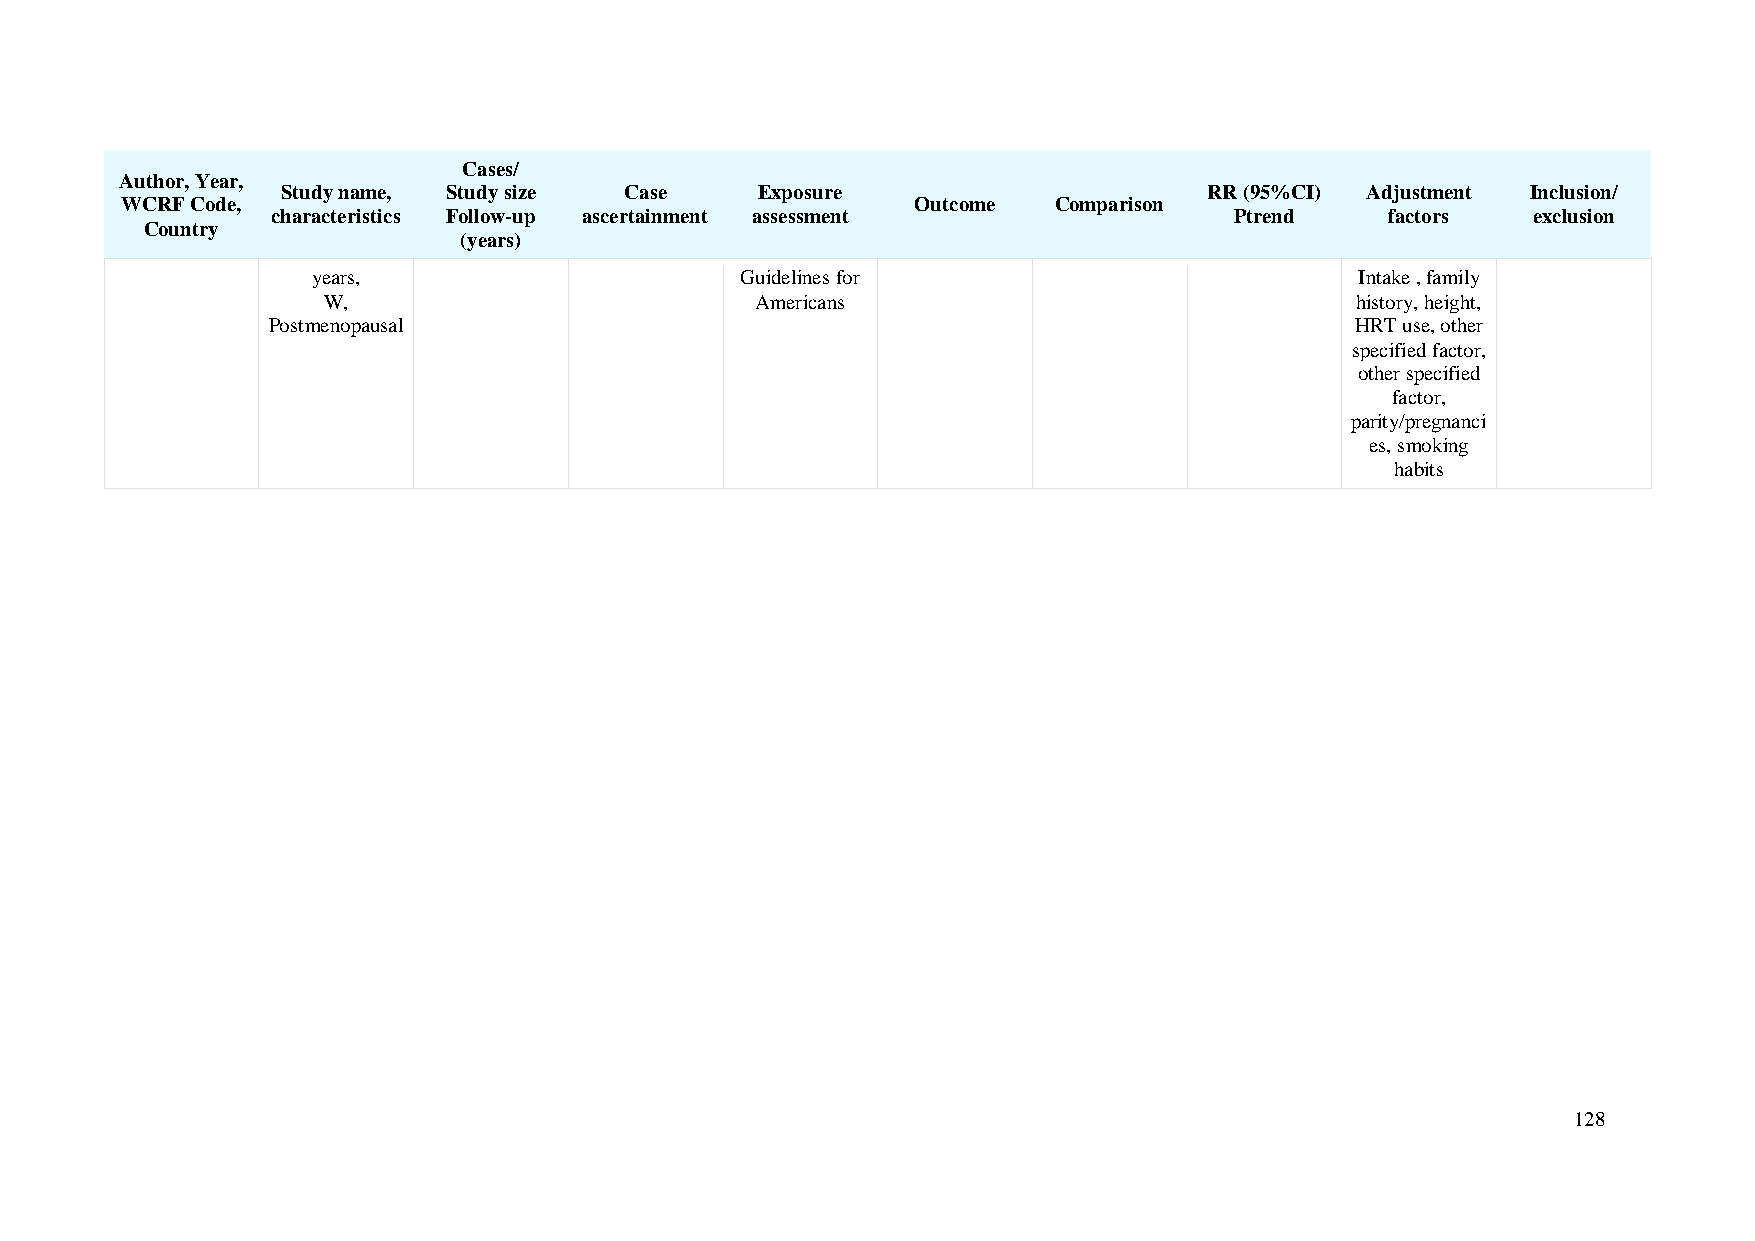
Cases/
 Author, Year,
 Study name, Study size Case    Exposure                      RR (95%CI) Adjustment Inclusion/
 WCRF Code,                                           Outcome  Comparison
 characteristics Follow-up ascertainment assessment              Ptrend    factors  exclusion
 Country
 (years)
 years,                      Guidelines for                           Intake , family
 W,                           Americans                               history, height,
 Postmenopausal                                                          HRT use, other
 specified factor,
 other specified
 factor,
 parity/pregnanci
 es, smoking
 habits
 128